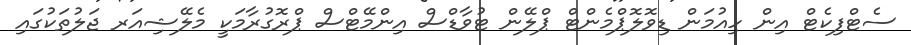
ސެޓްފިކެޓް އިން ހިއުމަން ޑިވޮލޮޕްމެންޓް ޕްލޭން ޓުވާޑްސް އިންމޭޓްސް ޕްރޮގުރާމަކީ މެލޭޝިއަރ ޖަލުތަކުގައި